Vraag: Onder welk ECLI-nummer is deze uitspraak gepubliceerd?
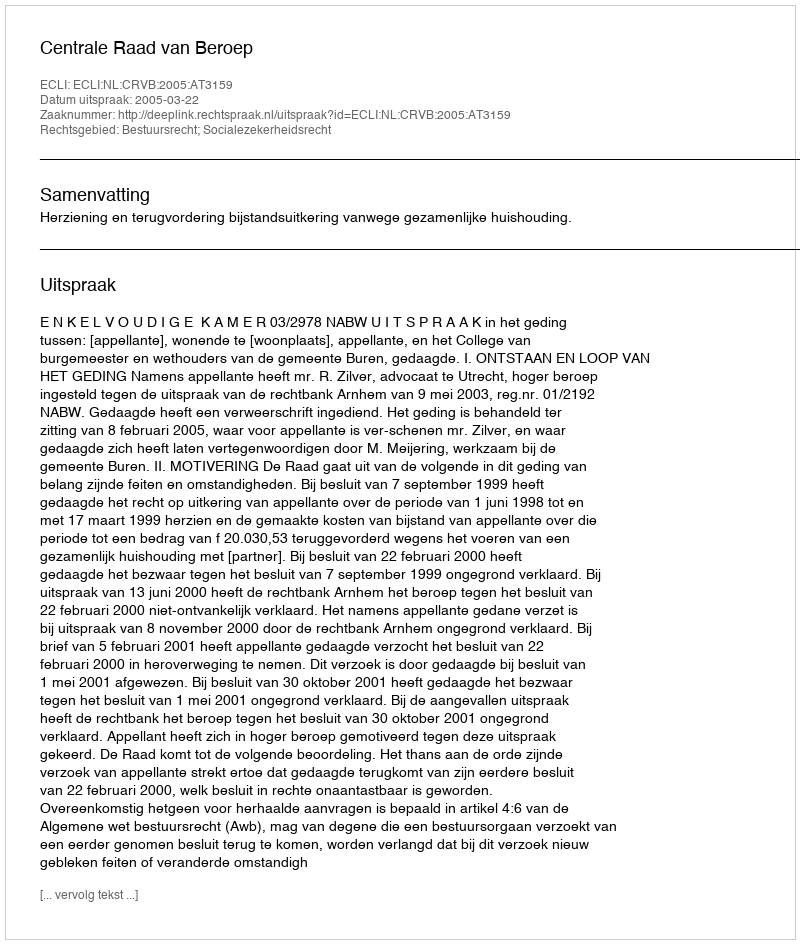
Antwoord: ECLI:NL:CRVB:2005:AT3159